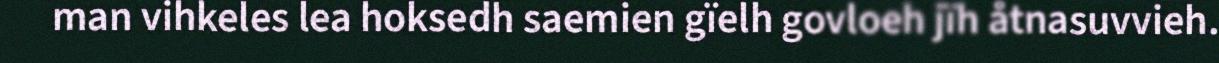
man vihkeles lea hoksedh saemien gïelh govloeh jïh åtnasuvvieh.